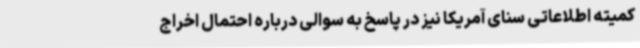
کمیته اطلاعاتی سنای آمریکا نیز در پاسخ به سوالی درباره احتمال اخراج